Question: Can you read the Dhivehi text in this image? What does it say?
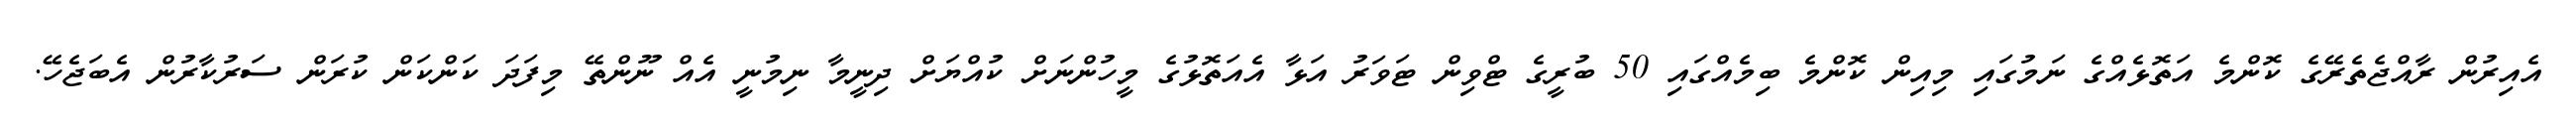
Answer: އެއިރުން ރާއްޖެތެރޭގެ ކޮންމެ އަތޮޅެއްގެ ނަމުގައި މިއިން ކޮންމެ ބިމެއްގައި 50 ބުރީގެ ޓްވިން ޓަވަރު އަޅާ އެއަތޮޅުގެ މީހުންނަށް ކުއްޔަށް ދިނީމާ ނިމުނީ އެއް ނޫންތޭ މިފަދަ ކަންކަން ކުރަން ސަރުކާރުން އެބަޖެހޭ.